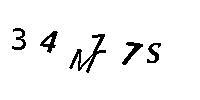
34MZ7S